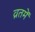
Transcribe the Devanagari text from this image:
व्रतमें